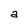
Character: a